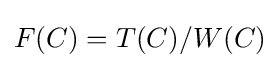
F(C)=T(C)/W(C)